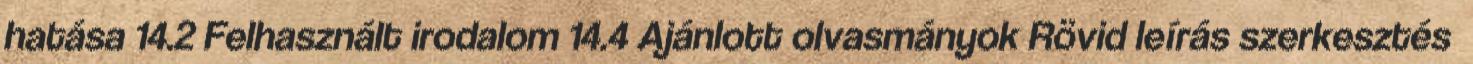
hatása 14.2 Felhasznált irodalom 14.4 Ajánlott olvasmányok Rövid leírás szerkesztés